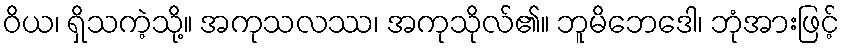
ဝိယ၊ ရှိသကဲ့သို့။ အကုသလဿ၊ အကုသိုလ်၏။ ဘူမိဘေဒေါ၊ ဘုံအားဖြင့်